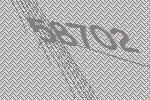
58702